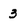
Character: 3